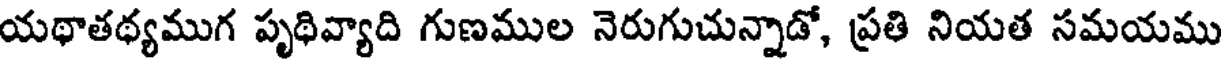
యథాతథ్యముగ పృథివ్యాది గుణముల నెరుగుచున్నాడో, ప్రతి నియత సమయము